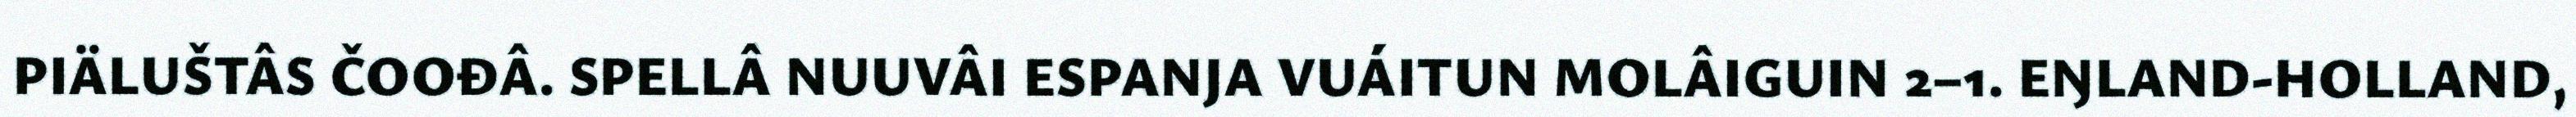
PIÄLUŠTÂS ČOOĐÂ. SPELLÂ NUUVÂI ESPANJA VUÁITUN MOLÂIGUIN 2–1. EŊLAND-HOLLAND,